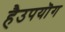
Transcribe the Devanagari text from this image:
हैउपयॊग